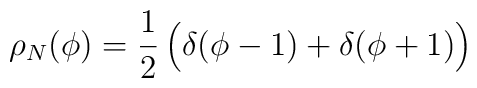
\rho_{N}(\phi) = {1\over 2}\, \Bigl( \delta (\phi -1 ) + \delta (\phi + 1) \Bigr)